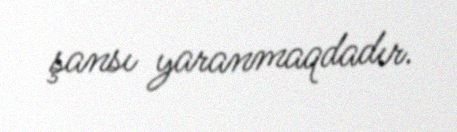
şansı yaranmaqdadır.